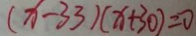
( x - 3 3 ) ( x + 3 0 ) = 0